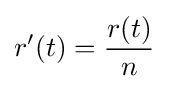
r'(t)={\frac {r(t)}{n}}